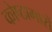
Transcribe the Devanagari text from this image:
कोष्ठागारों